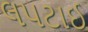
લપટાઈ